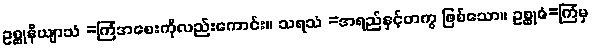
ဥစ္ဆုနိယျာသံ =ကြံအစေးကိုလည်းကောင်း။ သရသံ =အရည်နှင့်တကွ ဖြစ်သော။ ဥစ္ဆုဇံ=ကြံမှ